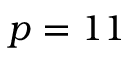
p = 1 1